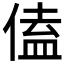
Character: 𪝙